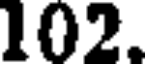
102.